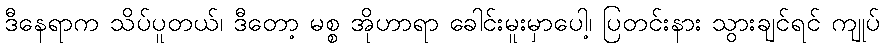
ဒီနေရာက သိပ်ပူတယ်၊ ဒီတော့ မစ္စ အိုဟာရာ ခေါင်းမူးမှာပေါ့၊ ပြတင်းနား သွားချင်ရင် ကျုပ်